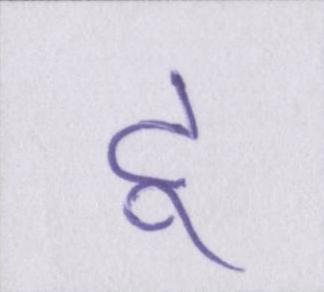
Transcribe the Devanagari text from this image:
टू